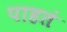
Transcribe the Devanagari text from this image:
पाहतं